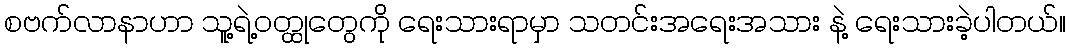
စဗက်လာနာဟာ သူ့ရဲ့ဝတ္ထုတွေကို ရေးသားရာမှာ သတင်းအရေးအသား နဲ့ ရေးသားခဲ့ပါတယ်။